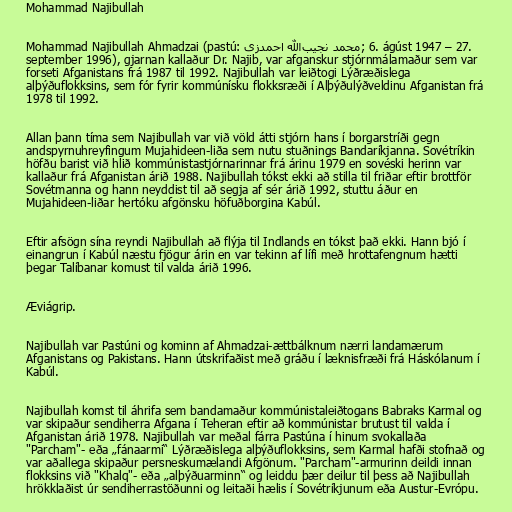
Mohammad Najibullah

Mohammad Najibullah Ahmadzai (pastú: محمد نجیب‌الله احمدزی‎; 6. ágúst 1947 – 27.
september 1996), gjarnan kallaður Dr. Najib, var afganskur stjórnmálamaður sem var
forseti Afganistans frá 1987 til 1992. Najibullah var leiðtogi Lýðræðislega
alþýðuflokksins, sem fór fyrir kommúnísku flokksræði í Alþýðulýðveldinu Afganistan frá
1978 til 1992.

Allan þann tíma sem Najibullah var við völd átti stjórn hans í borgarstríði gegn
andspyrnuhreyfingum Mujahideen-liða sem nutu stuðnings Bandaríkjanna. Sovétríkin
höfðu barist við hlið kommúnistastjórnarinnar frá árinu 1979 en sovéski herinn var
kallaður frá Afganistan árið 1988. Najibullah tókst ekki að stilla til friðar eftir brottför
Sovétmanna og hann neyddist til að segja af sér árið 1992, stuttu áður en
Mujahideen-liðar hertóku afgönsku höfuðborgina Kabúl.

Eftir afsögn sína reyndi Najibullah að flýja til Indlands en tókst það ekki. Hann bjó í
einangrun í Kabúl næstu fjögur árin en var tekinn af lífi með hrottafengnum hætti
þegar Talíbanar komust til valda árið 1996.

Æviágrip.

Najibullah var Pastúni og kominn af Ahmadzai-ættbálknum nærri landamærum
Afganistans og Pakistans. Hann útskrifaðist með gráðu í læknisfræði frá Háskólanum í
Kabúl.

Najibullah komst til áhrifa sem bandamaður kommúnistaleiðtogans Babraks Karmal og
var skipaður sendiherra Afgana í Teheran eftir að kommúnistar brutust til valda í
Afganistan árið 1978. Najibullah var meðal fárra Pastúna í hinum svokallaða
"Parcham"- eða „fánaarmi“ Lýðræðislega alþýðuflokksins, sem Karmal hafði stofnað og
var aðallega skipaður persneskumælandi Afgönum. "Parcham"-armurinn deildi innan
flokksins við "Khalq"- eða „alþýðuarminn“ og leiddu þær deilur til þess að Najibullah
hrökklaðist úr sendiherrastöðunni og leitaði hælis í Sovétríkjunum eða Austur-Evrópu.